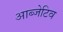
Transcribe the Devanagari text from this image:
आब्जेटिव